Report of the Imperial Institute of Veterinary Research, Muktesar
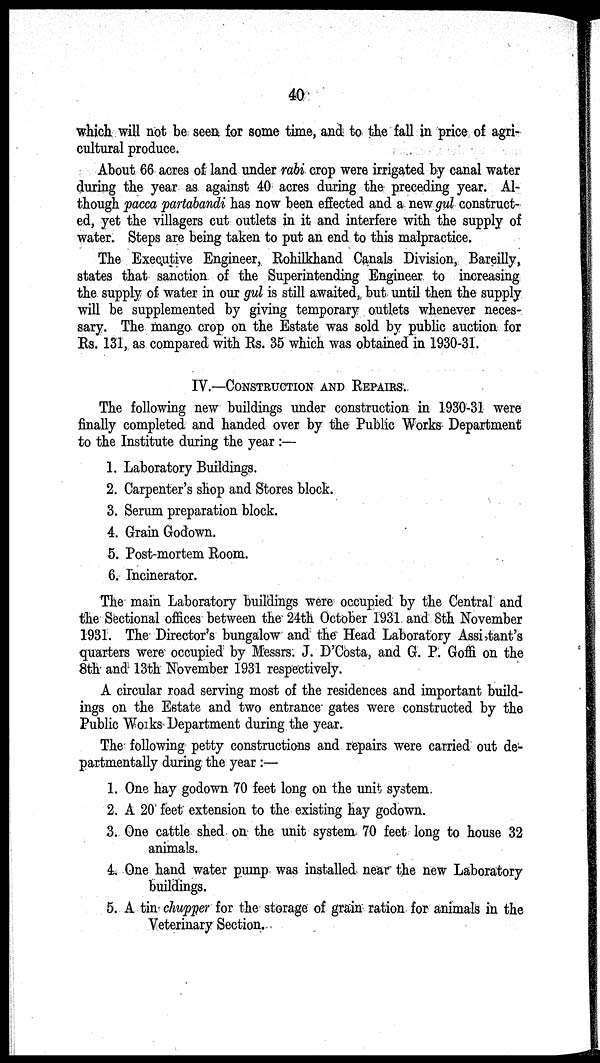
40
which will not be seen for some time, and to the fall in price of agri-
cultural produce.
About 66 acres of land under rabi crop were irrigated by canal water
during the year as against 40 acres during the preceding year. Al-
though pacca partabandi has now been effected and a new gul construct-
ed, yet the villagers cut outlets in it and interfere with the supply of
water. Steps are being taken to put an end to this malpractice.
The Executive Engineer, Rohilkhand Canals Division, Bareilly,
states that sanction of the Superintending Engineer to increasing
the supply of water in our gul is still awaited, but until then the supply
will be supplemented by giving temporary outlets whenever neces-
sary. The mango crop on the Estate was sold by public auction for
Rs. 131, as compared with Rs. 35 which was obtained in 1930-31.
IV.—CONSTRUCTION AND REPAIRS.
The following new buildings under construction in 1930-31 were
finally completed and handed over by the Public Works Department
to the Institute during the year :—
1. Laboratory Buildings.
2. Carpenter's shop and Stores block.
3. Serum preparation block.
4. Grain Godown.
5. Post-mortem Room.
6. Incinerator.
The main Laboratory buildings were occupied by the Central and
the Sectional offices between the 24th October 1931 and 8th November
1931. The Director's bungalow and the Head Laboratory Assistant's
quarters were occupied by Messrs. J. D'Costa, and G. P. Goffi on the
8th and 13th November 1931 respectively.
A circular road serving most of the residences and important build-
ings on the Estate and two entrance gates were constructed by the
Public Works Department during the year.
The following petty constructions and repairs were carried out de-
partmentally during the year :—
1. One hay godown 70 feet long on the unit system.
2. A 20 feet extension to the existing hay godown.
3. One cattle shed on the unit system 70 feet long to house 32
animals.
4. One hand water pump was installed near the new Laboratory
buildings.
5. A tin chupper for the storage of grain ration for animals in the
Veterinary Section.